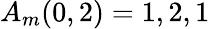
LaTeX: A_{m}(0,2)=1,2,1